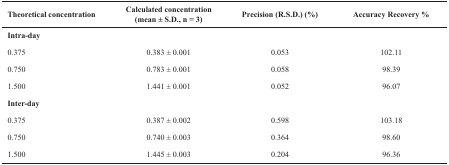
<table><thead><tr><td><b>Theoretical concentration</b></td><td><b>Calculated concentration(mean ± S.D., n = 3)</b></td><td><b>Precision(R.S.D.) (%)</b></td><td><b>AccuracyRecovery %</b></td></tr></thead><tbody><tr><td><b>Intra-day</b></td><td></td><td></td><td></td></tr><tr><td>0.375</td><td>0.383 ± 0.001</td><td>0.053</td><td>102.11</td></tr><tr><td>0.750</td><td>0.783 ± 0.001</td><td>0.058</td><td>98.39</td></tr><tr><td>1.500</td><td>1.441 ± 0.001</td><td>0.052</td><td>96.07</td></tr><tr><td><b>Inter-day</b></td><td></td><td></td><td></td></tr><tr><td>0.375</td><td>0.387 ± 0.002</td><td>0.598</td><td>103.18</td></tr><tr><td>0.750</td><td>0.740 ± 0.003</td><td>0.364</td><td>98.60</td></tr><tr><td>1.500</td><td>1.445 ± 0.003</td><td>0.204</td><td>96.36</td></tr></tbody></table>